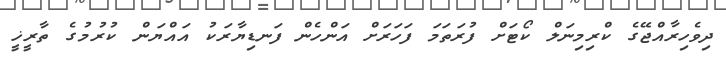
ދިވެހިރާއްޖޭގެ ކްރިމިނަލް ކޯޓަށް ފުރަތަމަ ފަހަރަށް އަންހެން ފަނޑިޔާރަކު އައްޔަން ކުރުމުގެ ތާރީޚީ